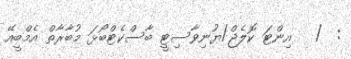
:  /   އިންޓަ ކޮލެޖް/ޔުނިވާސިޓީ ބާސްކެޓްބޯޅަ މުބާރާތް އެމްބީއޭ